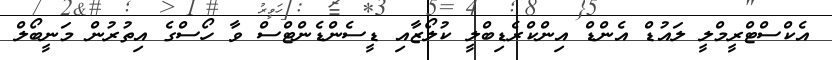
އެކްސްޓްރީމްލީ ލައުޑް އެންޑް އިންކްރެޑިބްލީ ކުލޯޒާއި ޑީސެންޑެންޓްސް ވާ ހޯސްގެ އިތުރުން މަނީބޯލް